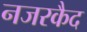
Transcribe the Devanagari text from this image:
नजरकैद